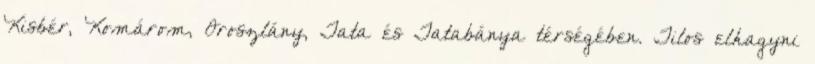
Kisbér, Komárom, Oroszlány, Tata és Tatabánya térségében. Tilos elhagyni